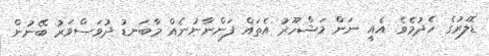
ޑޮލަރުގެ ހެދުމެވެ. އެއީ ނަން މަޝްހޫރު އެތައް ފަންނާނުނެއް މާބަނޑު ދުވަސްވަރު ބޭނުން